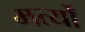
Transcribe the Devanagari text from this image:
मर्त्यों